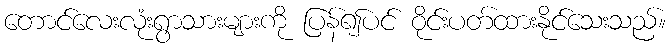
တောင်လေးလုံးရွာသားများကို ပြန်၍ပင် ဝိုင်းပတ်ထားနိုင်သေးသည်။